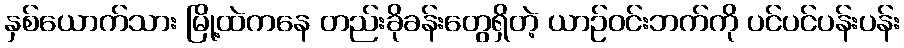
နှစ်ယောက်သား မြို့ထဲကနေ တည်းခိုခန်းတွေရှိတဲ့ ယာဉ်ဝင်းဘက်ကို ပင်ပင်ပန်းပန်း